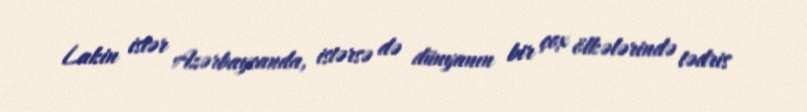
Lakin istər Azərbaycanda, istərsə də dünyanın bir çox ölkələrində tədris